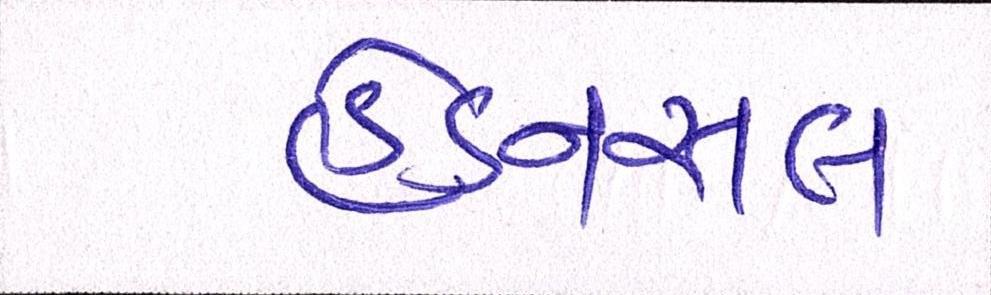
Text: હેડનસલ